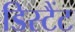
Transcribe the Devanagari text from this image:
डिस्टैंट